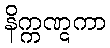
နိက္ကဏ္ဋကာ